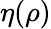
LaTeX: \eta(\rho)